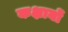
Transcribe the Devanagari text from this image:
कक्षायों